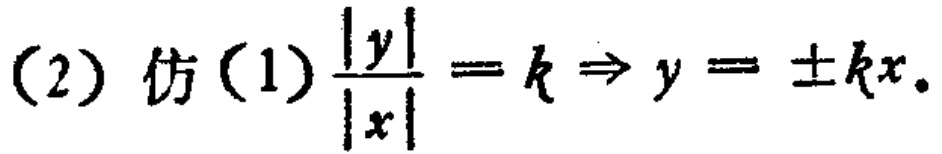
(2) 仿(1)$\frac{|y|}{|x|}=k\Rightarrow y = \pm kx.$